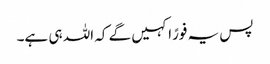
پس یہ فورًا کہیں گے کہ اللہ ہی ہے۔